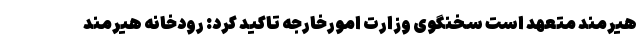
هیرمند متعهد است سخنگوی وزارت امورخارجه تاکید کرد: رودخانه هیرمند